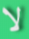
لا